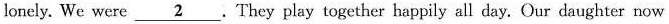
lonely. We were \underline{2}. They play together happily all day. Our daughter now